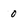
Character: 0